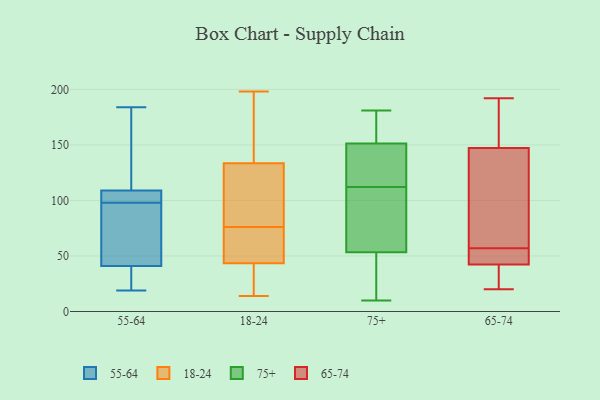
{"axis": {"x": "Population (Million)", "y": "Value"}, "legend": ["18-24", "55-64", "65-74", "75+"], "data": [{"x": "", "y": 19, "type": "55-64"}, {"x": "", "y": 109, "type": "55-64"}, {"x": "", "y": 41, "type": "55-64"}, {"x": "", "y": 184, "type": "55-64"}, {"x": "", "y": 22, "type": "55-64"}, {"x": "", "y": 138, "type": "55-64"}, {"x": "", "y": 68, "type": "55-64"}, {"x": "", "y": 108, "type": "55-64"}, {"x": "", "y": 91, "type": "55-64"}, {"x": "", "y": 105, "type": "55-64"}, {"x": "", "y": 76, "type": "18-24"}, {"x": "", "y": 197, "type": "18-24"}, {"x": "", "y": 14, "type": "18-24"}, {"x": "", "y": 80, "type": "18-24"}, {"x": "", "y": 43, "type": "18-24"}, {"x": "", "y": 56, "type": "18-24"}, {"x": "", "y": 17, "type": "18-24"}, {"x": "", "y": 143, "type": "18-24"}, {"x": "", "y": 105, "type": "18-24"}, {"x": "", "y": 45, "type": "18-24"}, {"x": "", "y": 198, "type": "18-24"}, {"x": "", "y": 10, "type": "75+"}, {"x": "", "y": 144, "type": "75+"}, {"x": "", "y": 181, "type": "75+"}, {"x": "", "y": 27, "type": "75+"}, {"x": "", "y": 148, "type": "75+"}, {"x": "", "y": 103, "type": "75+"}, {"x": "", "y": 152, "type": "75+"}, {"x": "", "y": 46, "type": "75+"}, {"x": "", "y": 149, "type": "75+"}, {"x": "", "y": 172, "type": "75+"}, {"x": "", "y": 54, "type": "75+"}, {"x": "", "y": 98, "type": "75+"}, {"x": "", "y": 112, "type": "75+"}, {"x": "", "y": 53, "type": "75+"}, {"x": "", "y": 161, "type": "75+"}, {"x": "", "y": 20, "type": "65-74"}, {"x": "", "y": 50, "type": "65-74"}, {"x": "", "y": 67, "type": "65-74"}, {"x": "", "y": 106, "type": "65-74"}, {"x": "", "y": 57, "type": "65-74"}, {"x": "", "y": 161, "type": "65-74"}, {"x": "", "y": 40, "type": "65-74"}, {"x": "", "y": 49, "type": "65-74"}, {"x": "", "y": 39, "type": "65-74"}, {"x": "", "y": 171, "type": "65-74"}, {"x": "", "y": 192, "type": "65-74"}]}